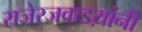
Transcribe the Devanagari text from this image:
राजेरजवाडय़ांनी